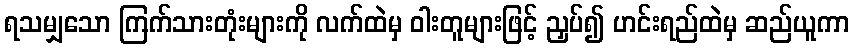
ရသမျှသော ကြက်သားတုံးများကို လက်ထဲမှ ဝါးတူများဖြင့် ညှပ်၍ ဟင်းရည်ထဲမှ ဆည်ယူကာ